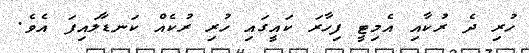
ހުރި ދެ ރުކާއި އެމިޓީ ފިހާރަ ކައީގައި ހުރި ރުކެއް ކަނޑާލައިފަ އެވެ.